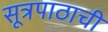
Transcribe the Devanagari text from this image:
सूत्रपाठाची